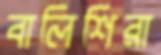
বালিশিরা